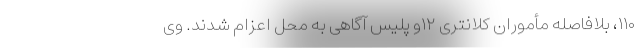
۱۱۰، بلافاصله مأموران کلانتری ۱۲و پلیس آگاهی به محل اعزام شدند. وی